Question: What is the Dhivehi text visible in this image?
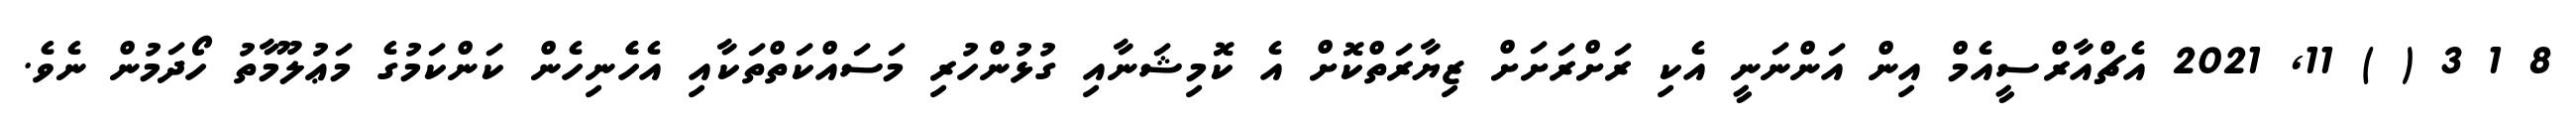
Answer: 8 1 3 ( ) 11, 2021 އެޗްއާރްސީއެމް އިން އަންނަނީ އެކި ރަށްރަށަށް ޒިޔާރަތްކޮށް އެ ކޮމިޝަނާއި ގުޅުންހުރި މަސައްކަތްތަކާއި އެހެެނިހެން ކަންކަމުގެ މަޢުލޫމާތު ހޯދަމުން ނެވެ.